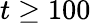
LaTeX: t\geq 100